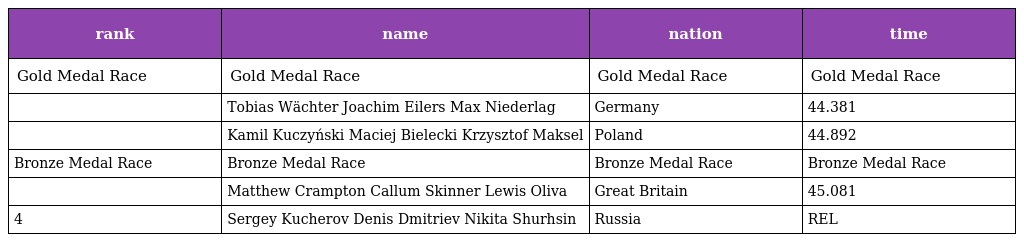
| rank | name | nation | time |
 | --- | --- | --- | --- |
 | Gold Medal Race | Gold Medal Race | Gold Medal Race | Gold Medal Race |
 |  | Tobias Wächter Joachim Eilers Max Niederlag | Germany | 44.381 |
 |  | Kamil Kuczyński Maciej Bielecki Krzysztof Maksel | Poland | 44.892 |
 | Bronze Medal Race | Bronze Medal Race | Bronze Medal Race | Bronze Medal Race |
 |  | Matthew Crampton Callum Skinner Lewis Oliva | Great Britain | 45.081 |
 | 4 | Sergey Kucherov Denis Dmitriev Nikita Shurhsin | Russia | REL |